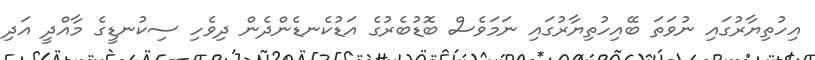
އިހުތިޔާރުގައި ނުވަތަ ބޭއިހުތިޔާރުގައި ނަމަވެސް ބޮޑުބެރުގެ އަޑުކެނޑެންދެން ދިވެހި ސިކުނޑީގެ މާއްދީ އަދި